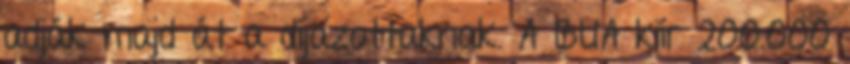
adják majd át a díjazottaknak. A BUA kiír 200.000